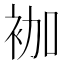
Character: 𰳷